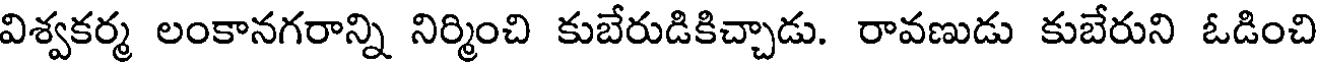
విశ్వకర్మ లంకానగరాన్ని నిర్మించి కుబేరుడికిచ్చాడు. రావణుడు కుబేరుని ఓడించి